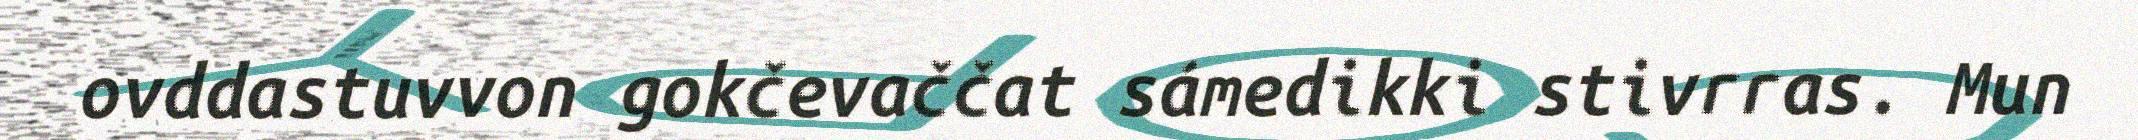
ovddastuvvon gokčevaččat sámedikki stivrras. Mun